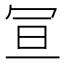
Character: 𭁴